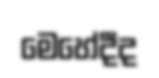
මෙහේදීද